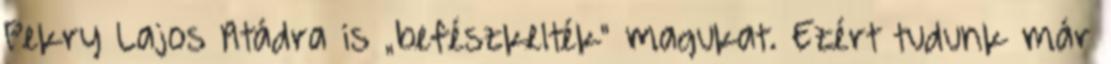
Pekry Lajos Atádra is „befészkelték" magukat. Ezért tudunk már